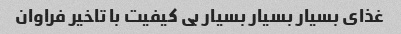
غذای بسیار بسیار بسیار بی کیفیت با تاخیر فراوان